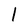
Character: 1